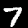
Digit: 7